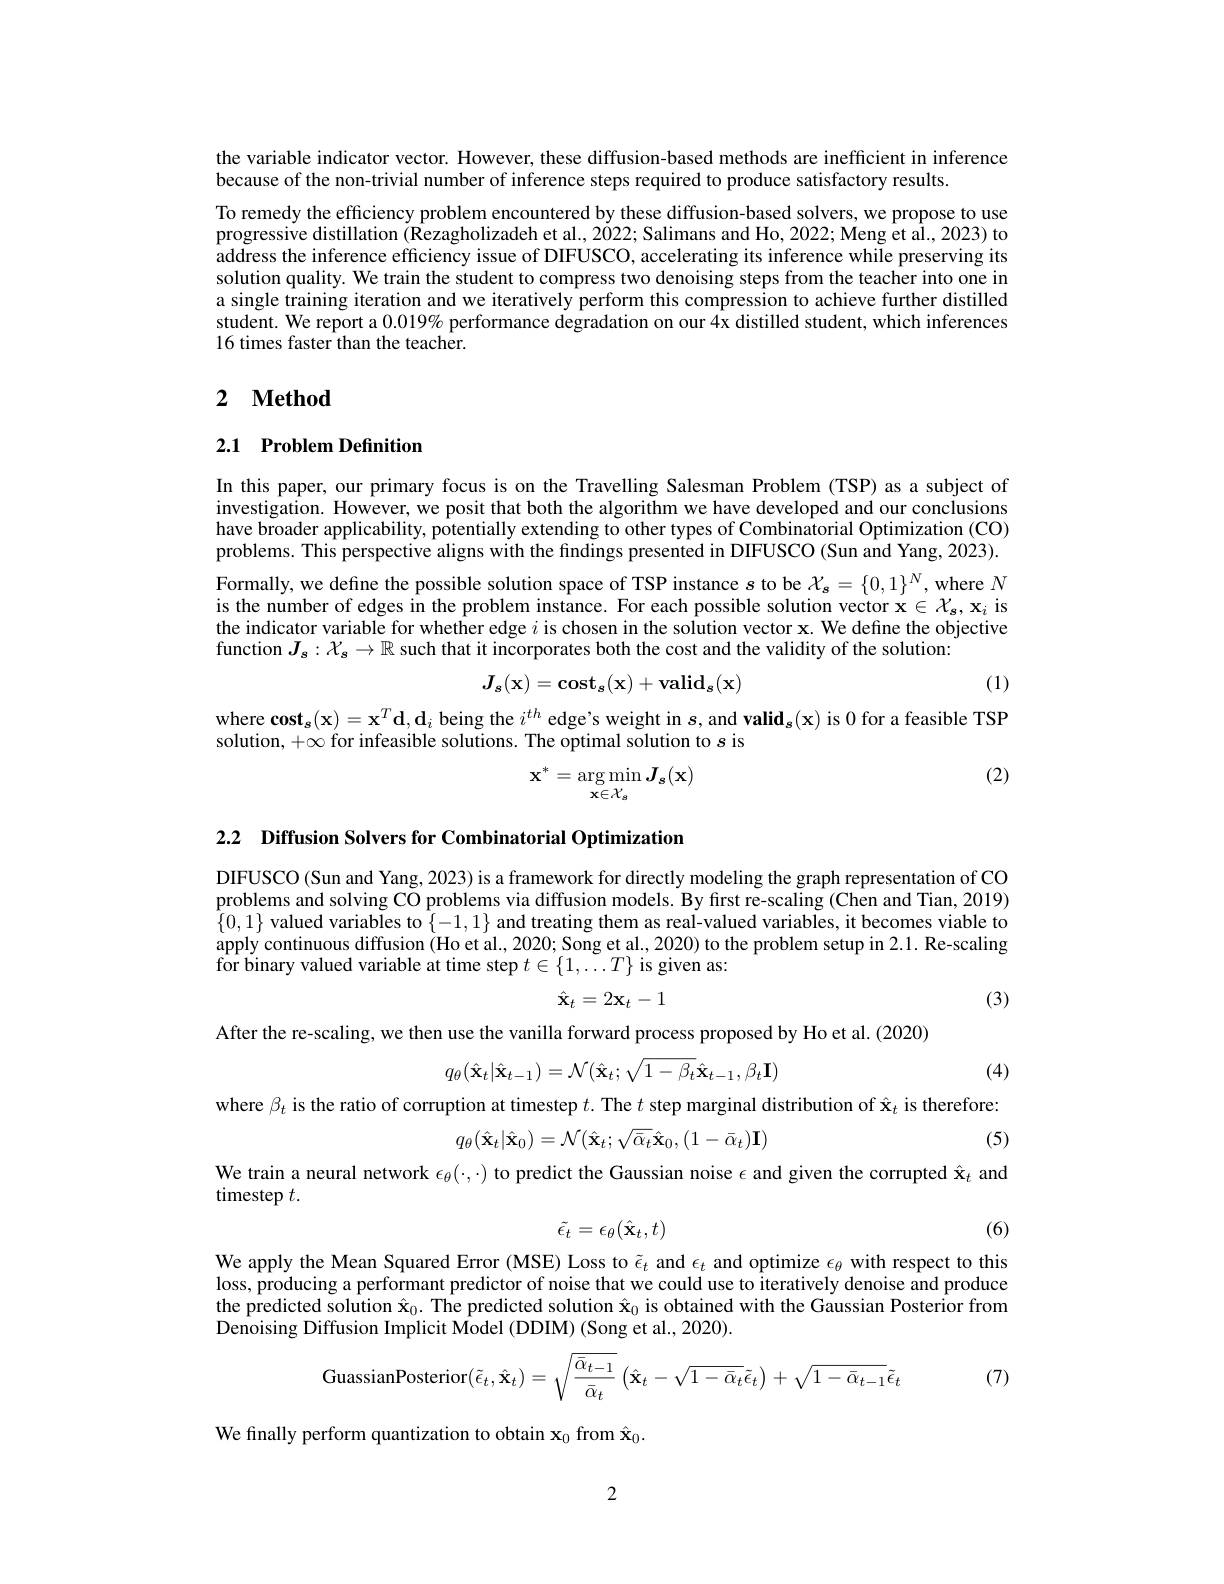
the variable indicator vector. However, these diffusion-based methods are inefficient in inference
because of the non-trivial number of inference steps required to produce satisfactory results.
To remedy the efficiency problem encountered by these diffusion-based solvers, we propose to use progressive distillation $\tilde{(\text{Rezagholizadeh et al., 2022; Salimans and Ho, 2022; Meng et al., 2023) }}$to address the inference efficiency issue of DIFUSCO, accelerating its inference while preserving its solution quality. We train the student to compress two denoising steps from the teacher into one in a single training iteration and we iteratively perform this compression to achieve further distilled student. We report a $0.019\%$ performance degradation on our 4x distilled student, which inferences 16 times faster than the teacher.

## 2 $\textbf{Method}$

## 2.1 Problem Definition

In this paper, our primary focus is on the Travelling Salesman Problem (TSP) as a subject of investigation. However, we posit that both the algorithm we have developed and our conclusions have broader applicability, potentially extending to other types of Combinatorial Optimization (CO) problems. This perspective aligns with the findings presented in DIFUSCO (Sun and Yang, 2023).

Formally, we define the possible solution space of TSP instance $s$ to be $\mathcal{X_s}=\{0,1\}^N$, where $N$ is the number of edges in the problem instance. For each possible solution vector $\mathbf{x}\in\mathcal{X_s,x_i}$ is the indicator variable for whether edge $i$ is chosen in the solution vector x. We define the objective function $J_s:\mathcal{X}_s\to\mathbb{R}$ such that it incorporates both the cost and the validity of the solution:

(1)
$$J_s(\mathbf{x})=\mathbf{cost}_s(\mathbf{x})+\mathbf{valid}_s(\mathbf{x})$$
where cos$t_{s}$( x) = $x^{T}$d, $d_{i}$ being the $i^{th}$ edge's weight in $s$,and valid$_s(x)$ is 0 for a feasible TSP
solution, $+\infty$ for infeasible solutions. The optimal solution to $s$ is

(2)
$$\mathbf{x}^{*}=\arg\min_{\mathbf{x}\in\mathcal{X}_{s}}\boldsymbol{J}_{\boldsymbol{s}}(\mathbf{x})$$
2.2 $\textbf{Diffusion Solvers for Combinatorial Optimization}$

DIFUSCO (Sun and Yang, 2023) is a framework for directly modeling the graph representation of CO problems and solving CO problems via diffusion models. By first re-scaling (Chen and Tian, 2019) $\{0,1\}$ valued variables to $\{-1,1\}$ and treating them as real-valued variables, it becomes viable to apply continuous diffusion (Ho et al., 2020; Song et al., 2020) to the problem setup in 2.1. Re-scaling for binary valued variable at time step $t\in\{1,\ldots T\}$ is given as:
$$\hat{\mathbf{x}}_t=2\mathbf{x}_t-1$$
(3)

(4)

After the re-scaling, we then use the vanilla forward process proposed by Ho et al. (2020)
$$q_\theta(\hat{\mathbf{x}}_t|\hat{\mathbf{x}}_{t-1})=\mathcal{N}(\hat{\mathbf{x}}_t;\sqrt{1-\beta_t}\hat{\mathbf{x}}_{t-1},\beta_t\mathbf{I})$$
where $\beta_t$ is the ratio of corruption at timestep $t.$ The $t$ step marginal distribution of $\hat{\mathbf{x}}_t$ is therefore:
$$q_{\theta}(\hat{\mathbf{x}}_{t}|\hat{\mathbf{x}}_{0})=\mathcal{N}(\hat{\mathbf{x}}_{t};\sqrt{\bar{\alpha}_{t}}\hat{\mathbf{x}}_{0},(1-\bar{\alpha}_{t})\mathbf{I})$$
(5)

We train a neural network $\epsilon_\theta(\cdot,\cdot)$ to predict the Gaussian noise $\epsilon$ and given the corrupted $\hat{\mathbf{x}}_t$ and
timestep $t.$
$$\tilde{\epsilon_t}=\epsilon_\theta(\hat{\mathbf{x}}_t,t)$$
(6)

We apply the Mean Squared Error (MSE) Loss to $\tilde{\epsilon}_t$ and $\epsilon_t$ and optimize $\epsilon_\theta$ with respect to this loss, producing a performant predictor of noise that we could use to iteratively denoise and produce the predicted solution $\hat{\mathbf{x}}_0.$ The predicted solution $\hat{\mathbf{x}}_0$ is obtained with the Gaussian Posterior from Denoising Diffusion Implicit Model (DDIM) (Song et al., 2020).
$$\text{GuassianPosterior}(\tilde{\epsilon}_t,\hat{\mathbf{x}}_t)=\sqrt{\frac{\bar{\alpha}_{t-1}}{\bar{\alpha}_t}}\left(\hat{\mathbf{x}}_t-\sqrt{1-\bar{\alpha}_t}\tilde{\epsilon}_t\right)+\sqrt{1-\bar{\alpha}_{t-1}}\tilde{\epsilon}_t$$
(7)

We finally perform quantization to obtain $\mathbf{x}_0$ from $\hat{\mathbf{x}}_0.$

2